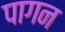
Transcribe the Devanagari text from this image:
पागन